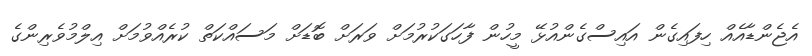
އެޖެންޑާއެއް ހިފައިގެން އައިސްގެންއުޅޭ މީހުން ފާހަގަކުރުމަށް ވަރަށް ބޮޑަށް މަސައްކަތް ކުރެއްވުމަށް އިލްމުވެރިންގެ